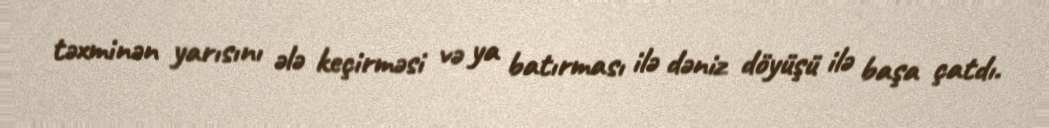
təxminən yarısını ələ keçirməsi və ya batırması ilə dəniz döyüşü ilə başa çatdı.